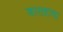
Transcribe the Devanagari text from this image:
बासष्टावा